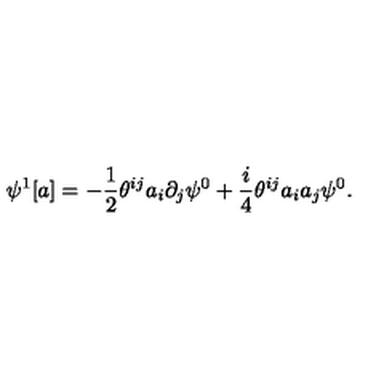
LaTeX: \psi ^ { 1 } [ a ] = - \frac { 1 } { 2 } \theta ^ { i j } a _ { i } \partial _ { j } \psi ^ { 0 } + \frac { i } { 4 } \theta ^ { i j } a _ { i } a _ { j } \psi ^ { 0 } .